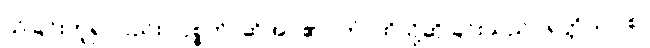
သိခြင်းဟူ၍လည်း။ ဝုစ္စတိ၊ ဆိုအပ်၏။ တံ၊ ထိုသို့ဆိုခြင်းသည်။ ရတ္တိယာ စ၊